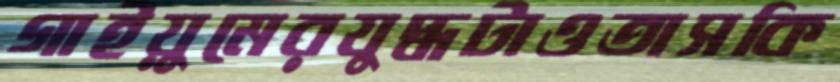
গাইয়ুমেরযুদ্ধটাওতাসকি